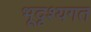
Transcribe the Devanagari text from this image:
भूदृश्यगत